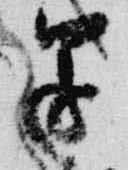
還